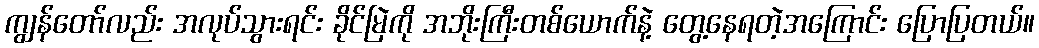
ကျွန်တော်လည်း အလုပ်သွားရင်း ခိုင်မြဲကို အဘိုးကြီးတစ်ယောက်နဲ့ တွေ့နေရတဲ့အကြောင်း ပြောပြတယ်။